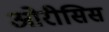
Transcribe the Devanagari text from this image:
ओरीसिस